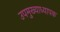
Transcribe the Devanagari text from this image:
उपमुख्याध्यापक